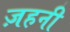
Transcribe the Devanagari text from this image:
ज़हनी